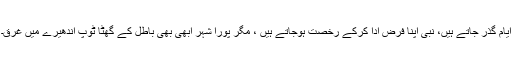
ایام گذر جاتے ہیں، نبی اپنا فرض ادا کرکے رخصت ہوجاتے ہیں ، مگر پورا شہر ابھی بھی باطل کے گھٹا ٹوپ اندھیرے میں غرق۔